Report of an investigation into the causes of the diseases known in Assam as Kála-Azár and Beri-Beri
Disease focus: Beri-Beri
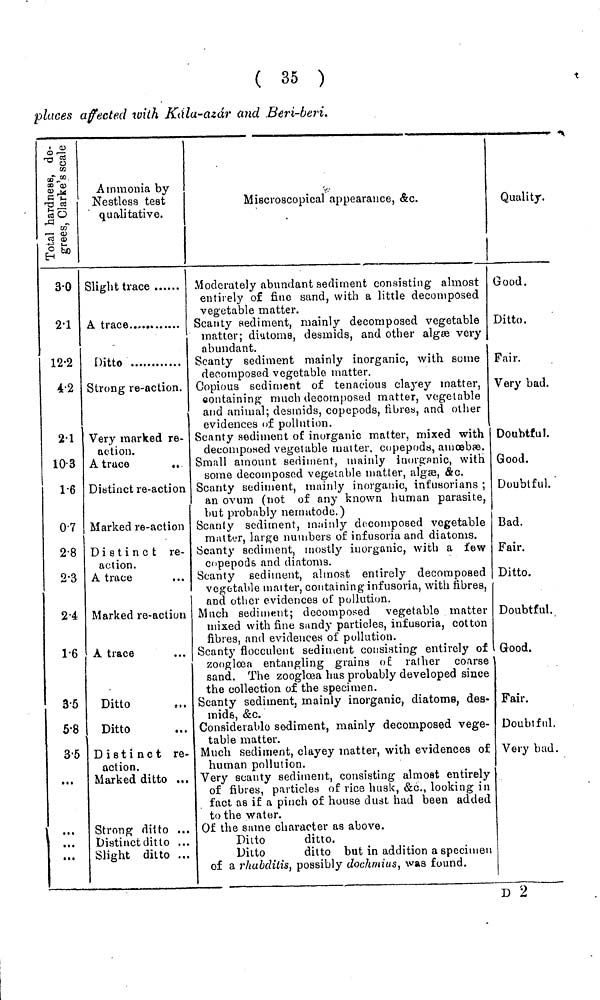
( 35 )
places affected with Kála·azár and Beri·beri.
3·0
2·1
12·2
4·2
2·1
10·3
1·6
0·7
2·8
2·3
2·4
1·6
3·5
5·8
3·5
Ammonia by
Nestless test
qualitative.
Slight trace
Ditto
Strong re-action.
Very marked re-
action.
A truce
..
Distinct re-action
Marked re-action
Distinct re-
action.
A trace
Marked re-action
A trace
Ditto
Ditto
Distinct re-
action.
Marked ditto ...
Strong ditto ...
Distinct ditto ...
Slight ditto ...
Miscroscopical appearance, &c.
Moderately abundant sediment consisting almost
entirely of fine sand, with a little decomposed
vegetable matter.
Scanty sediment, mainly decomposed vegetable
matter; diutoms, desmids, and other algse very
abundant.
Scanty sediment mainly inorganic, with some
decomposed vegetable matter.
Copious sediment of tenacious clayey matter,
containing much decomposed matter, vegetable
and animal; desmids, copepods, fibres, and other
evidences of pollution.
Scanty sediment of inorganic matter, mixed with
decomposed vegetable matter, copepods, amoebae.
Small amount sediment, mainly inorganic, with
some decomposed vegetable matter, algae, &c.
Scanty sediment, mainly inorganic, int'usorians ;
an ovum (not of any known human parasite,
but probably nenuitode.)
Scanty sediment, m:unly decomposed vegetable
matter, large numbers of infusoria and diatoms.
Scanty sediment, mostly inorganic, with a few
copepods and diatoms.
Scanty sediment, almost entirely decomposed
vegetable matter, containing infusoria, with fibres,
and other evidences of pollution.
Much sediment; decomposed vegetable matter
mixed with fine sandy particles, infusoria, cotton
fibres, and evidences of pollution.
Scanty flocculent sediment consisting entirely of
zooglcoa entangling grains o£ rather coarse
sand. The zoogkea has probably developed since
the collection of the specimen.
Scanty sediment, mainly inorganic, diatoms, des-
mids, &c.
Consideratilo sediment, mainly decomposed vege-
table matter.
Much sediment, clayey matter, with evidences of
human pollution.
Very scanty sediment, consisting almost entirely
of fibres, particles of rice husk, &c., looking in
fact as if a pinch of house dust had been added
to the water.
Of the same character as above.
Diito
ditto.
Ditto
ditto but in addition a specimen
of a rhubditis, possibly dochniius, was found.
Quality.
Good.
Ditto.
Fair.
Very bad.
Doubtful.
Good.
Doubtful.
Bad.
Fair.
Ditto.
Doubtful.
Good.
Fair.
Doubtful.
Very bad.
D 2